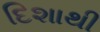
દિશાથી